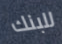
للبنك